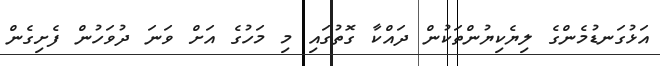
އަޅުގަނޑުމެންގެ ލިޔެކިޔުންތަކުން ދައްކާ ގޮތުގައި މި މަހުގެ އަށް ވަނަ ދުވަހުން ފެށިގެން